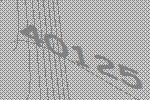
40125